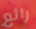
رائع